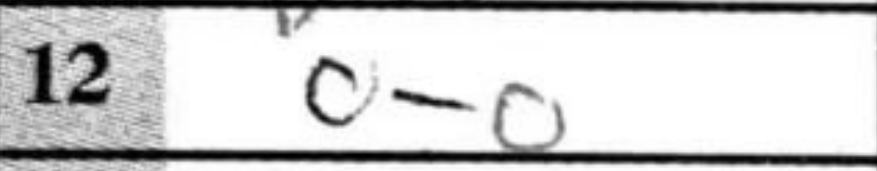
Transcription: O-O